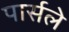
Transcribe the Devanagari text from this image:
पार्सले